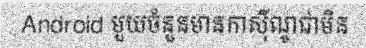
Android មួយចំនួនមានកាស៊ីណូជាមិន